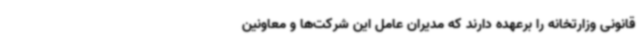
قانونی وزارتخانه را برعهده دارند که مدیران عامل این شرکت‌ها و معاونین